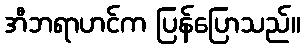
အီဘရာဟင်က ပြန်ပြောသည်။